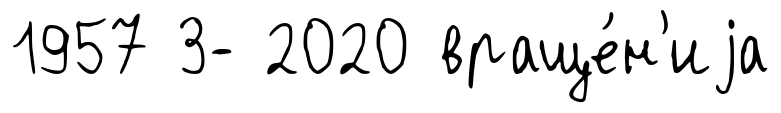
1957 3- 2020 враще́н'иjа